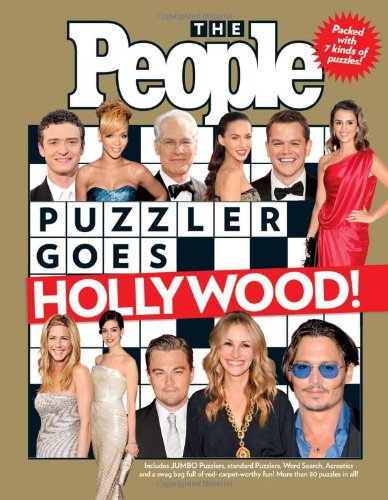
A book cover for The People Puzzler Goes Hollywood!; Editors of People Magazine; Humor & Entertainment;